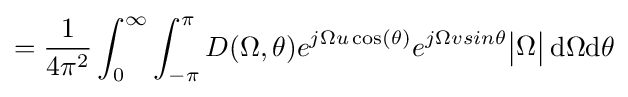
={\frac {1}{4\pi ^{2}}}\int _{0}^{\infty }\int _{-\pi }^{\pi }D(\Omega ,\theta )e^{j\Omega u\cos(\theta )}e^{j\Omega vsin\theta }{\begin{vmatrix}\Omega \end{vmatrix}}\,\mathrm {d} \Omega \mathrm {d} \theta